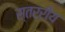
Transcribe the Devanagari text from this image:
स्तर्रीय